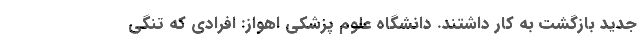
جدید بازگشت به کار داشتند. دانشگاه علوم پزشکی اهواز: افرادی که تنگی